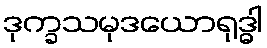
ဒုက္ခသမုဒယောရုဒ္ဓါ